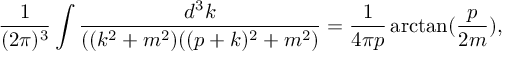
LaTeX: \frac { 1 } { ( 2 \pi ) ^ { 3 } } \int \frac { d ^ { 3 } k } { ( ( k ^ { 2 } + m ^ { 2 } ) ( ( p + k ) ^ { 2 } + m ^ { 2 } ) } = \frac { 1 } { 4 \pi p } \arctan ( \frac { p } { 2 m } ) ,